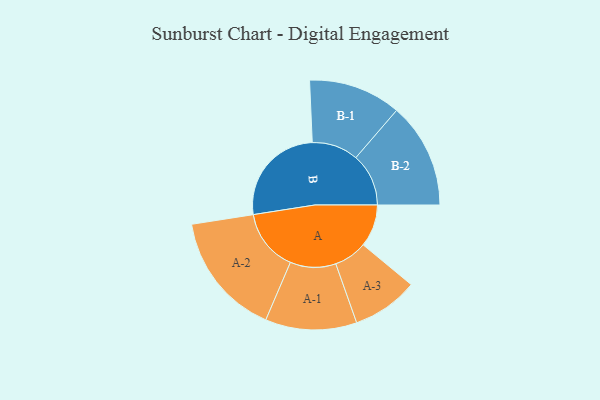
{"axis": {"x": "Segment", "y": "Value"}, "legend": ["", "A", "B"], "data": [{"x": "A", "y": 205, "type": ""}, {"x": "B", "y": 499, "type": ""}, {"x": "A-1", "y": 221, "type": "A"}, {"x": "A-2", "y": 300, "type": "A"}, {"x": "A-3", "y": 160, "type": "A"}, {"x": "B-1", "y": 224, "type": "B"}, {"x": "B-2", "y": 255, "type": "B"}]}